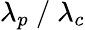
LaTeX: \lambda_{p}\mathrm{~/~}\lambda_{c}